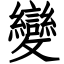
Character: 變